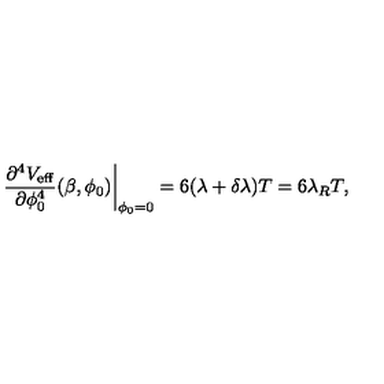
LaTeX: \left. \frac { \partial ^ { 4 } V _ { \mathrm { e f f } } } { \partial \phi _ { 0 } ^ { 4 } } ( \beta , \phi _ { 0 } ) \right| _ { \phi _ { 0 } = 0 } = 6 ( \lambda + \delta \lambda ) T = 6 \lambda _ { R } T ,